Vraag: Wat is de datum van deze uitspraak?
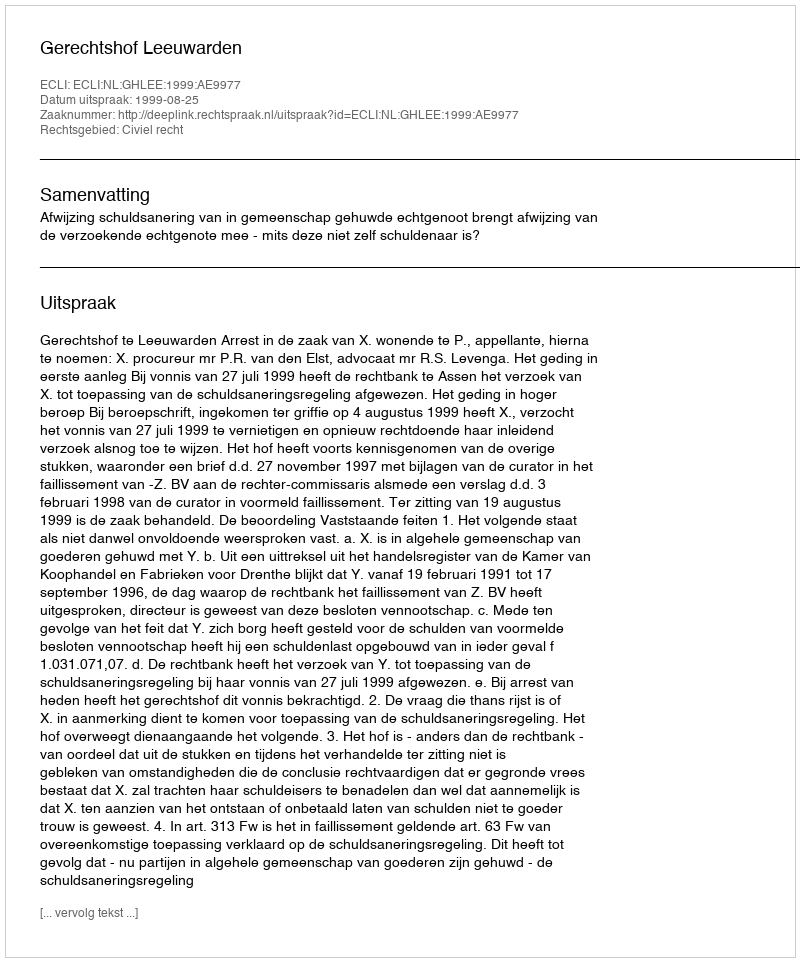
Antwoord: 1999-08-25